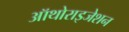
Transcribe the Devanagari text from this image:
ऑथोराइजेशन